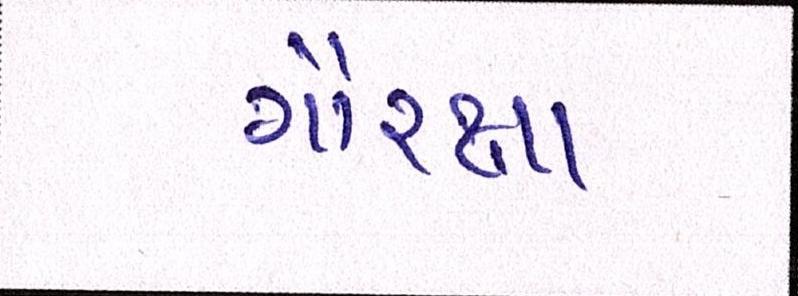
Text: ગૌરક્ષા